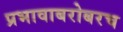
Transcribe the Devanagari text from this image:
प्रभावाबरोबरच